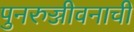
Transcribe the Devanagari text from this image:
पुनरुज्जीवनाची